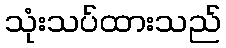
သုံးသပ်ထားသည်